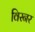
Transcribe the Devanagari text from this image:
विस्नर